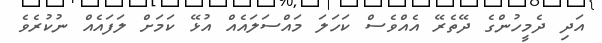
އަދި ދެމީހުންގެ ދޭތެރޭ އެއްވެސް ކަހަލަ މައްސަލައެއް އުޅޭ ކަމަށް ލަފައެއް ނުކުރެވެ